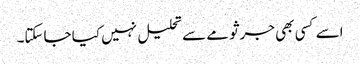
اسے کسی بھی جرثومے سے تحلیل نہیں کیا جاسکتا۔